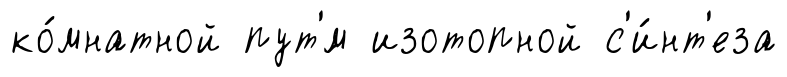
ко́мнатной пут'́м изотопной с'и́нт'еза